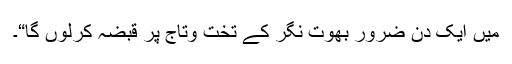
میں ایک دن ضرور بھوت نگر کے تخت وتاج پر قبضہ کرلوں گا“۔